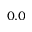
0 . 0